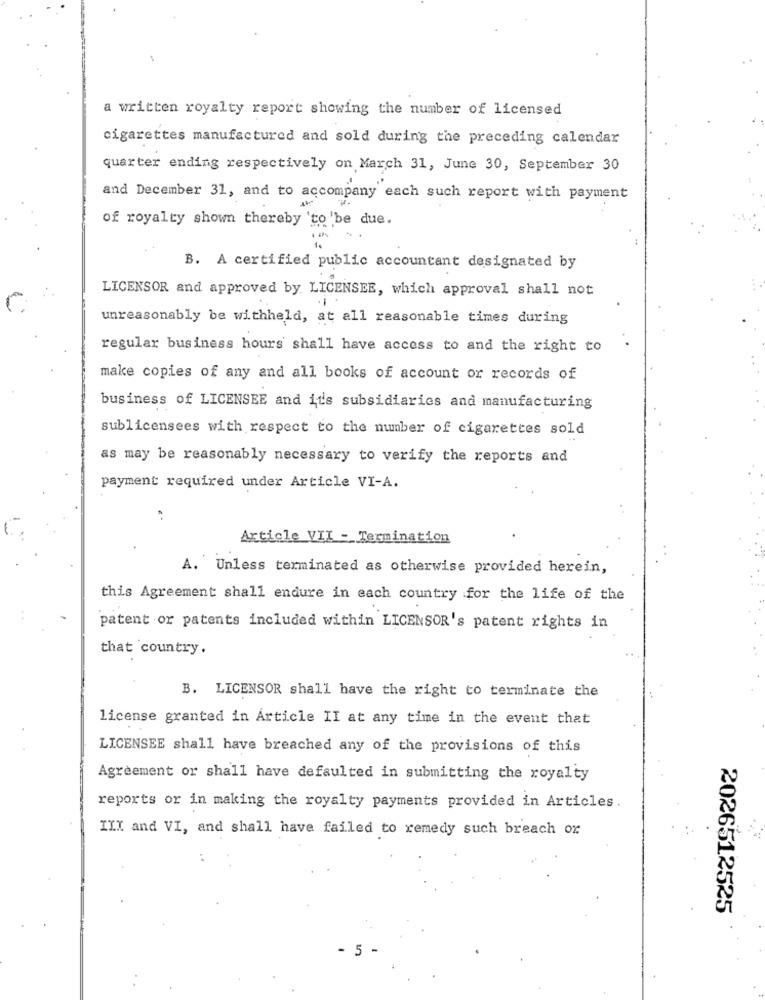
a written royalty report showing the number of licensed
cigarettes manufactured and sold during the preceding calendar
quarter ending respectively on March 31, June 30, September 30
and December 31, and to accompany each such report with payment
of royalty shown thereby 'to 'be due.
B. A certified public accountant designated by
LICENSOR and approved by LICENSEE, which approval shall not
unreasonably be withheld, at all reasonable times during
regular business hours shall have access to and the right to
make copies of any and all books of account or records of
business of LICENSEE and its subsidiaries and manufacturing
sublicensees with respect to the number of cigarettes sold
as may be reasonably necessary to verify the reports and
payment required under Article VI-A.
Article VII - Termination
A. Unless terminated as otherwise provided herein,
this Agreement shall endure in each country for the life of the
patent or patents included within LICENSOR's patent rights in
that country.
B. LICENSOR shall have the right to terminate the
license granted in Article II at any time in the event that
LICENSEE shall have breached any of the provisions of this
Agreement or shall have defaulted in submitting the royalty
reports or in making the royalty payments provided in Articles.
III and VI, and shall have failed to remedy such breach or
2026512525
5